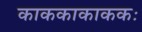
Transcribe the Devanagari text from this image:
काककाकाककः